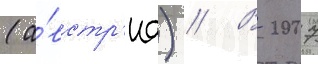
(а́встр'иа) // В 2007